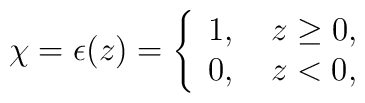
\chi=\epsilon (z)=\left\{\begin{array}{l}1, ~~~z\geq 0,\\0,  ~~~z< 0,\end{array}\right.